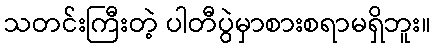
သတင်းကြီးတဲ့ ပါတီပွဲမှာစားစရာမရှိဘူး။